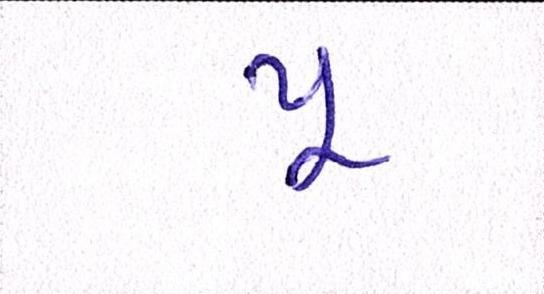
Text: પૂ